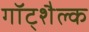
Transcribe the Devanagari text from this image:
गॉट्शैल्क